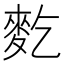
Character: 麧